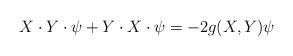
LaTeX: \begin{align*}X\cdot Y\cdot\psi+Y\cdot X\cdot\psi=-2g(X,Y)\psi\end{align*}